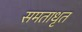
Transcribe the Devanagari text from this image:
समताधृत